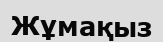
Жұмақыз